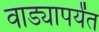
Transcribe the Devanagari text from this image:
वाड्यापर्यंत